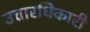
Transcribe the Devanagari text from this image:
उत्तारधिकारी